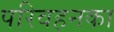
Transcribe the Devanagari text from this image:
परिवहनका